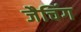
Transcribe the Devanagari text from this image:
जैचिंग